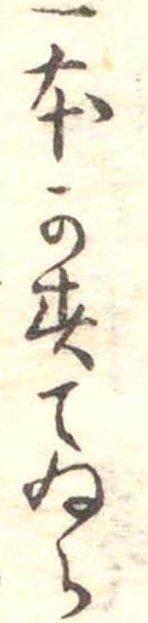
一本かすてゐら